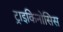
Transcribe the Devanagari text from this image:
ट्राइकिनोसिस